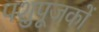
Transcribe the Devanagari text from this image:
पशुपूजकों